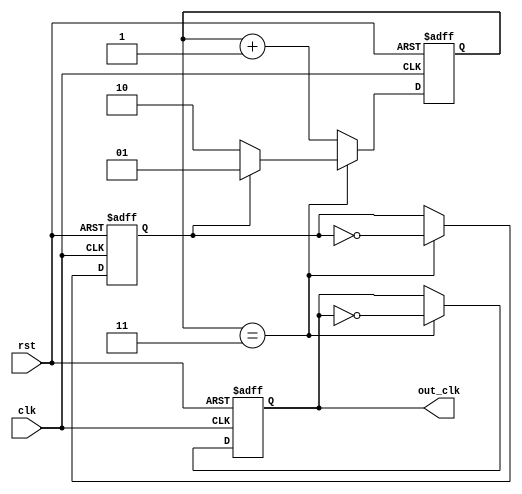
module dual_modulus_clock_divider(
    input clk,
    input rst,
    output reg out_clk
);

parameter M = 3;
reg [1:0] counter;
reg toggle;

always @(posedge clk or posedge rst) begin
    if(rst) begin
        counter <= 2'b00;
        toggle <= 1'b0;
        out_clk <= 1'b0;
    end else begin
        if(counter == M) begin
            counter <= toggle ? 2'b01 : 2'b10;
            toggle <= ~toggle;
            out_clk <= ~out_clk;
        end else begin
            counter <= counter + 1;
        end
    end
end

endmodule